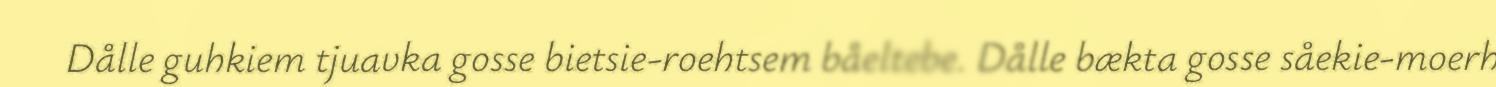
Dålle guhkiem tjuavka gosse bietsie-roehtsem båeltebe. Dålle bækta gosse såekie-moerh